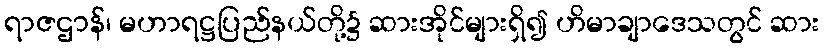
ရာဇဌာန်၊ မဟာရဋ္ဌပြည်နယ်တို့၌ ဆားအိုင်များရှိ၍ ဟိမာချာဒေသတွင် ဆား